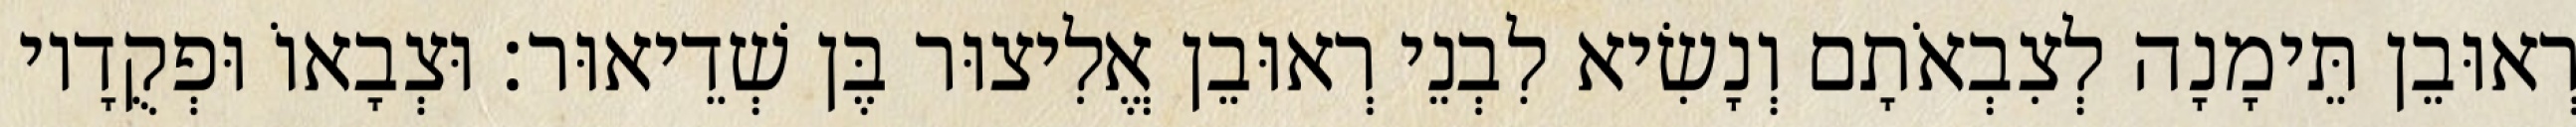
רְאוּבֵן תֵּימָנָה לְצִבְאֹתָם וְנָשִׂיא לִבְנֵי רְאוּבֵן אֱלִיצוּר בֶּן שְׁדֵיאוּר׃ וּצְבָאוֹ וּפְקֻדָיו